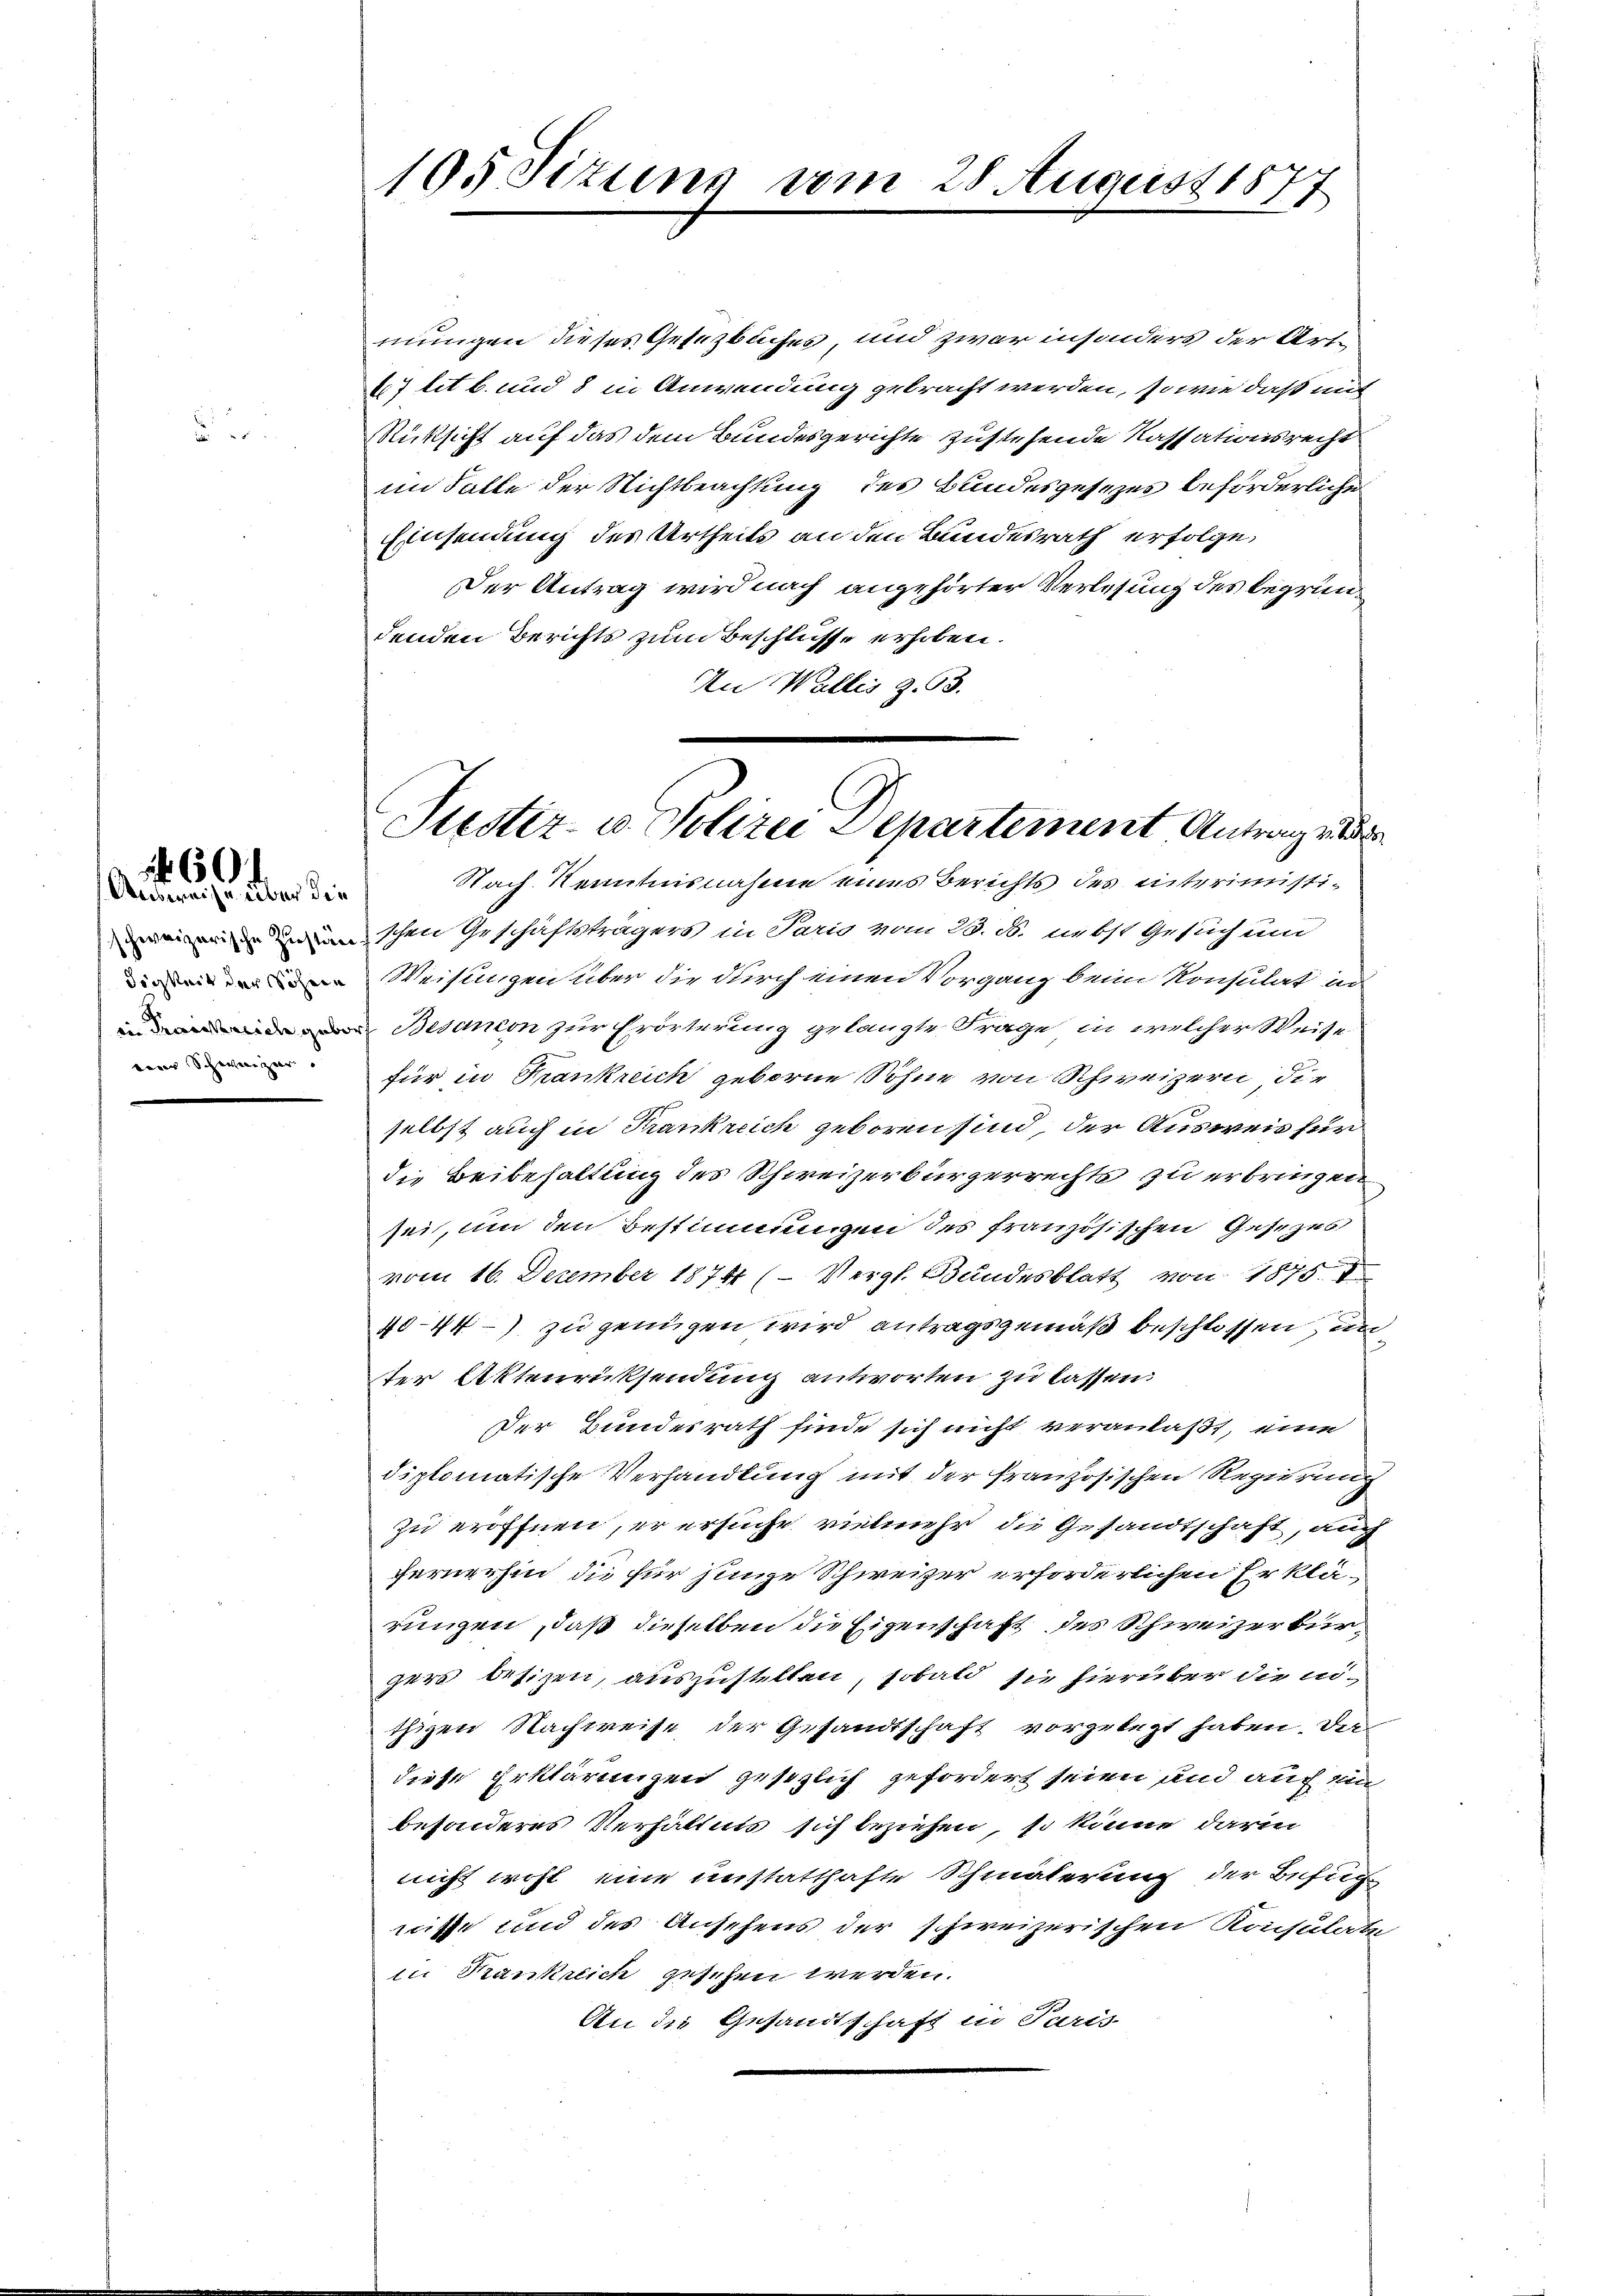
a

60.
Ausweise über die

eener Scheiniger

195 Sitzung vom 28. August 1877

Justiz- u. Polizei Departement Antrage der
Nach Kenntnisnahme eines Berichts des interimisti¬

mungen dieses Gesetzbuches, und zwar insonders der Art.
17 lit. b. und 8 in Anwendung gebracht werden, so wie daß mit
Rücksicht auf das dem Bundesgerichte zustehende Kassationsrecht
im Falle der Nichtbeachtung des Bundesgesezes beförderliche
Einsendung des Urtheils an den Bundesrath erfolge,
Der Antrag wird nach angehörter Verlesung des begründenden Berichts zum Beschlüsse erhoben.
An Wallis Z. 63.
schen Geschäftsträgers in Paris vom 28. B. nebst Gesuch um
Weisungen über die durch einen Vorgang beim Konsulat in
Besanion zur Erörterung gelangte Frage in welcher Weise
für in Frankreich geborne Söhne von Schweizern die
selbst auch in Krankreich geboren sind, der Ausweis für
die Beibehaltung des Schweizerbürgerrechts zu erbringen.
sei, um den Bestimmungen des französischen Gesezes
vom 16. December 1874 (Vergl. Bundesblatt von 1875.
40-44) zu genügen wird antragsgemäß beschlossen, un
ter Aktenrücksendung antworten zu lassen.
Der Bundesrath finde sich nicht veranlaßt, eine
diplomatische Verhandlung mit der französischen Regierung
zu eröffnen, er ersuche vielmehr die Gesandtschaft, auch
fernerhin, die für jenige Schweizer erforderlichen Erklärungen, daß dieselben die Eigenschaft des Schweizerbürzers betizen, auszustellen, sobald sie hierüber die in
thigen Nachweise der Gesandtschaft vorgelegt haben. Der
diese Erklärungen gesezlich gefordert seien und auch ein
besonderes Verhältnis sich beziehen, so könne darin
nicht wohl eine unstatthafte Schmälerung der Befug
nisse und des Ansehens der schweizerischen Konsulate
in Krankreich gesehen werden.
An die Gesandtschaft in Paris